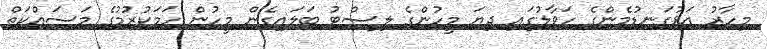
މިހާރު އަޅުގަނޑުމެންގެ ހަވާލުގައި ދިޔަ މީހުންގެ ލިސްޓު ބަލައިގެން މީހުން ހަމަކުރުމުގެ މަސައްކަތް